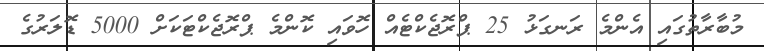
މުބާރާތުގައި އެންމެ ރަނގަޅު 25 ޕްރޮޖެކްޓެއް ހޮވައި ކޮންމެ ޕްރޮޖެކްޓަކަށް 5000 ޑޮލަރުގެ